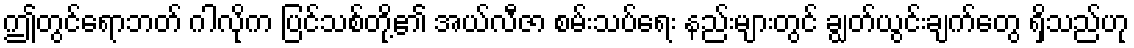
ဤတွင်ရောဘတ် ဂါလိုက ပြင်သစ်တို့၏ အယ်လီဇာ စမ်းသပ်ရေး နည်းများတွင် ချွတ်ယွင်းချက်တွေ ရှိသည်ဟု